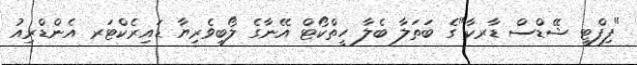
"ފިފްޓީ ޝޭޑްސް ޑާރކާ"ގެ ބަތަލާ ބެލާ ހީތްކޯޓް އޭނާގެ ލޯބިވެރިޔާ ޑައިރެކްޓަރ އެންޑްރިއު